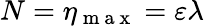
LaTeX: N=\eta_{\mathrm{~m~a~x~}}=\varepsilon\lambda